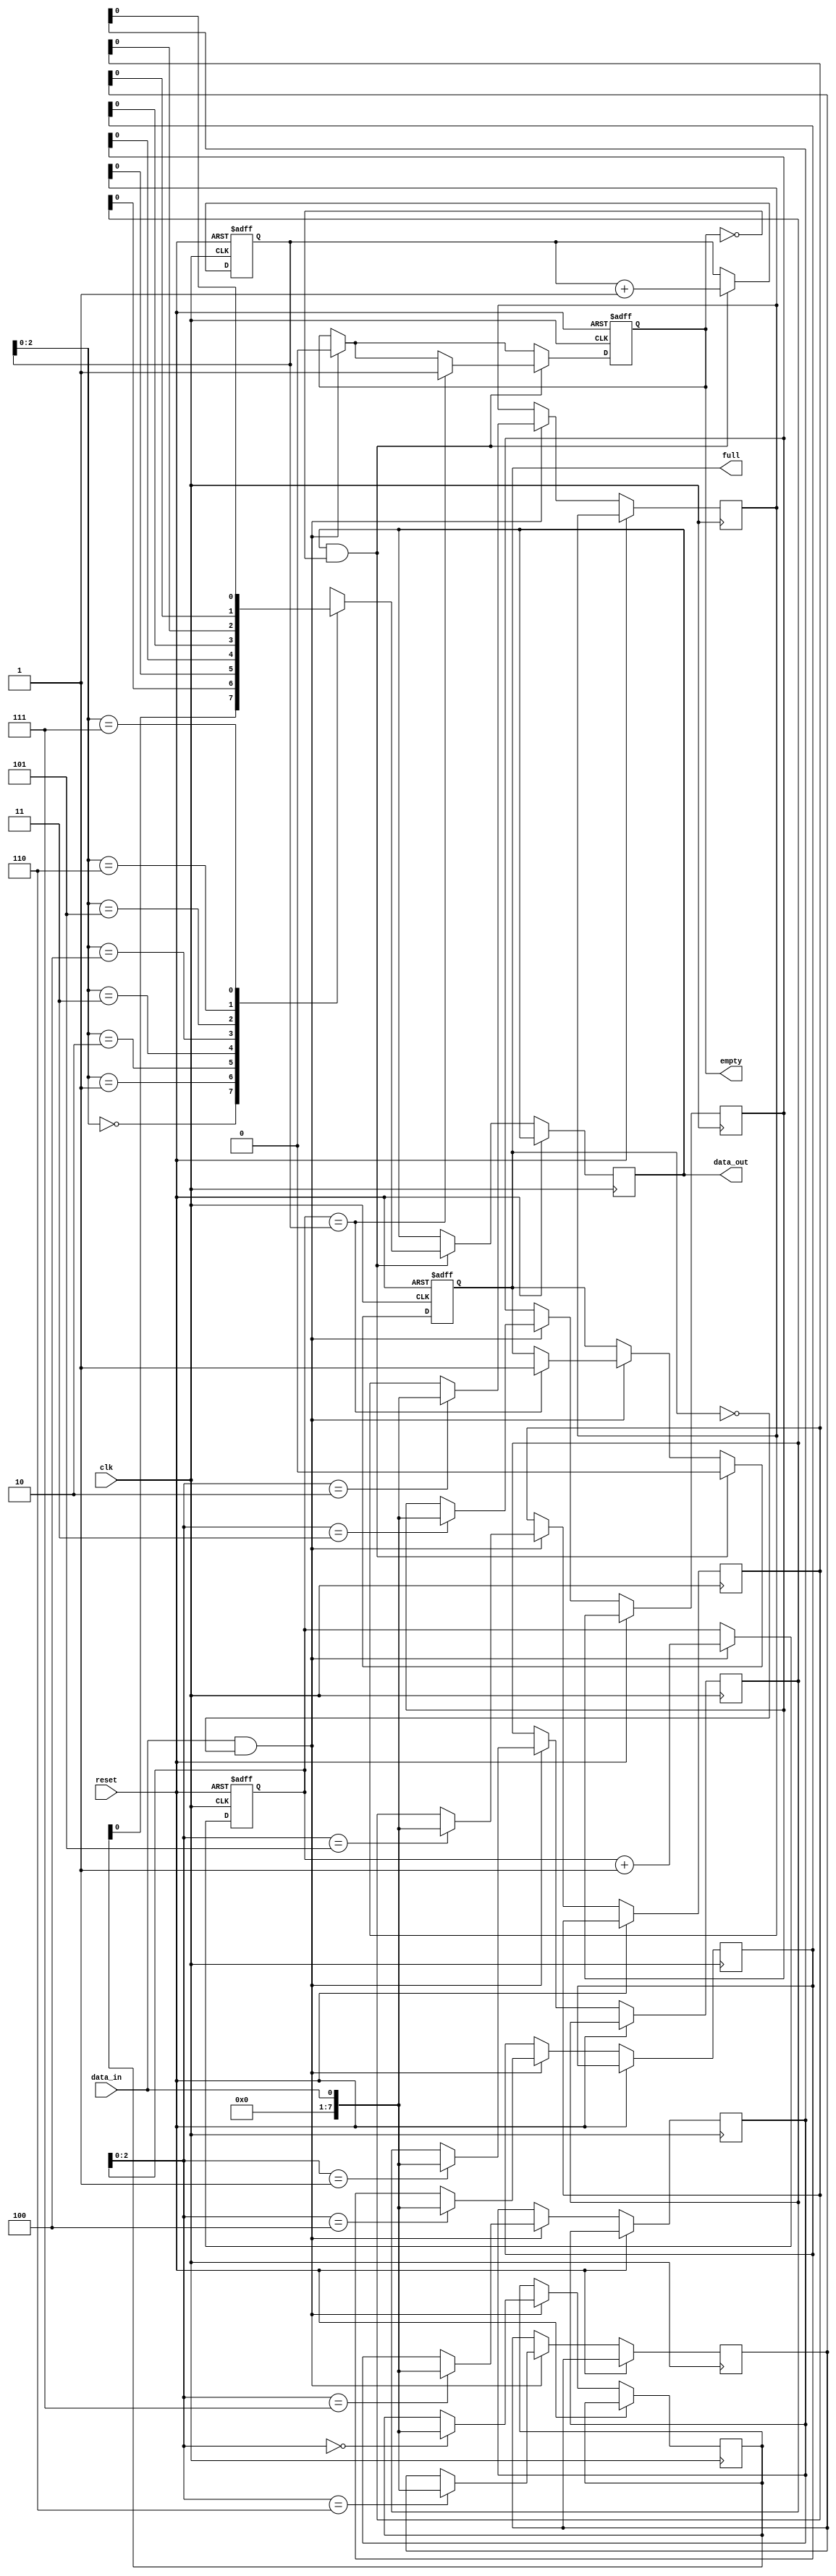
module fifo_buffer (
    input wire clk,
    input wire reset,
    input wire data_in,
    output reg data_out,
    output reg full,
    output reg empty
);

parameter SIZE = 8;

reg [7:0] buffer [0:SIZE-1];
reg [3:0] read_ptr;
reg [3:0] write_ptr;

always @(posedge clk or posedge reset) begin
    if (reset) begin
        read_ptr <= 0;
        write_ptr <= 0;
        full <= 0;
        empty <= 1;
    end else begin
        if (data_in && !full) begin
            buffer[write_ptr] <= data_in;
            write_ptr <= write_ptr + 1;
            empty <= 0;
            if (write_ptr == read_ptr)
                full <= 1;
        end
        if (data_out && !empty) begin
            data_out <= buffer[read_ptr];
            read_ptr <= read_ptr + 1;
            full <= 0;
            if (write_ptr == read_ptr)
                empty <= 1;
        end
    end
end

endmodule